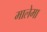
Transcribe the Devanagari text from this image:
मालेमा